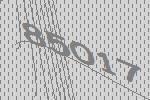
85017